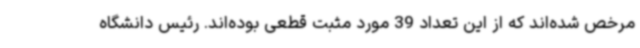
مرخص شده‌اند که از این تعداد 39 مورد مثبت قطعی بوده‌اند. رئیس دانشگاه